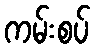
ကမ်းစပ်